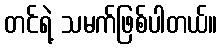
တင်ရဲ့ သမက်ဖြစ်ပါတယ်။